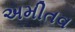
અમીતવ